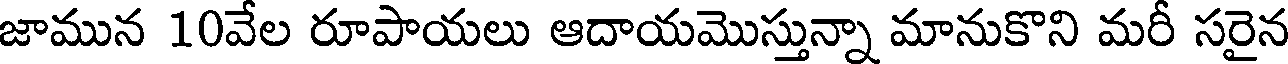
జామున 10వేల రూపాయలు ఆదాయమొస్తున్నా మానుకొని మరీ సరైన